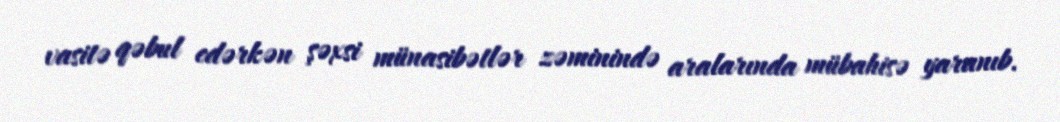
vasitə qəbul edərkən şəxsi münasibətlər zəminində aralarında mübahisə yaranıb.